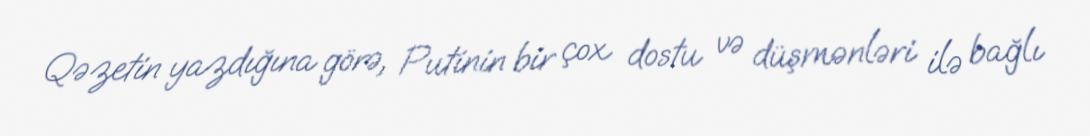
Qəzetin yazdığına görə, Putinin bir çox dostu və düşmənləri ilə bağlı